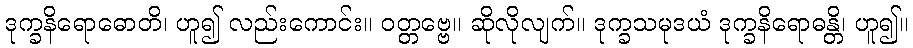
ဒုက္ခနိရောဓောတိ၊ ဟူ၍ လည်းကောင်း။ ဝတ္တဗ္ဗေ။ ဆိုလိုလျက်။ ဒုက္ခသမုဒယံ ဒုက္ခနိရောဓန္တိ၊ ဟူ၍။